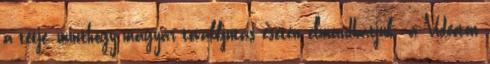
a tétje, minthogy magyar továbbjutás esetén elmondhatjuk: a Videoton